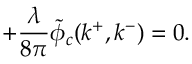
+ { \frac { \lambda } { 8 \pi } } \tilde { \phi } _ { c } ( k ^ { + } , k ^ { - } ) = 0 .